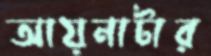
আয়নাটার